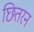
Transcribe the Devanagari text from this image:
छितरन